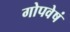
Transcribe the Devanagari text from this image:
गोपवेषं